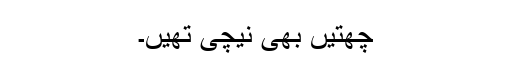
چھتیں بھی نیچی تھیں۔